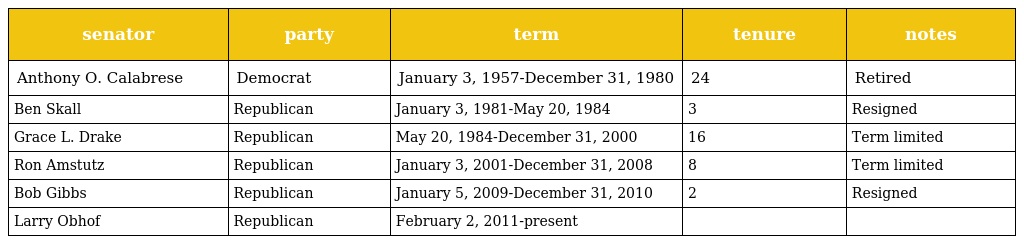
| senator | party | term | tenure | notes |
 | --- | --- | --- | --- | --- |
 | Anthony O. Calabrese | Democrat | January 3, 1957-December 31, 1980 | 24 | Retired |
 | Ben Skall | Republican | January 3, 1981-May 20, 1984 | 3 | Resigned |
 | Grace L. Drake | Republican | May 20, 1984-December 31, 2000 | 16 | Term limited |
 | Ron Amstutz | Republican | January 3, 2001-December 31, 2008 | 8 | Term limited |
 | Bob Gibbs | Republican | January 5, 2009-December 31, 2010 | 2 | Resigned |
 | Larry Obhof | Republican | February 2, 2011-present |  |  |